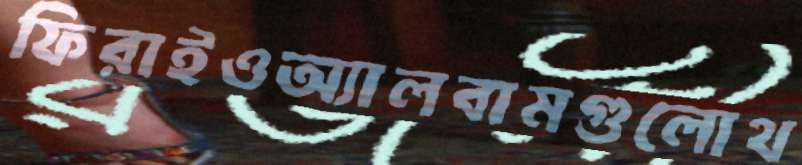
ফিরাইওঅ্যালবামগুলোথ